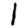
Digit: 1